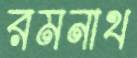
রমনাথ